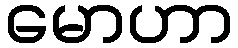
မောဟာ